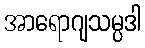
အာရောဂျသမ္ပဒါ